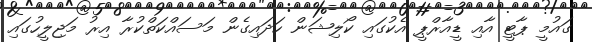
ގައުމީ ޕާޓީ އާއި ޑީއާރްޕީ އެކުގައި ކޯލިޝަން ހަދައިގެން މަސައްކަތްކުރާ އިރު މަޖިލީހުގައި